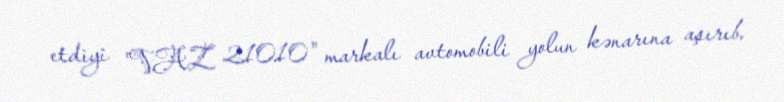
etdiyi "VAZ 21010" markalı avtomobili yolun kənarına aşırıb.